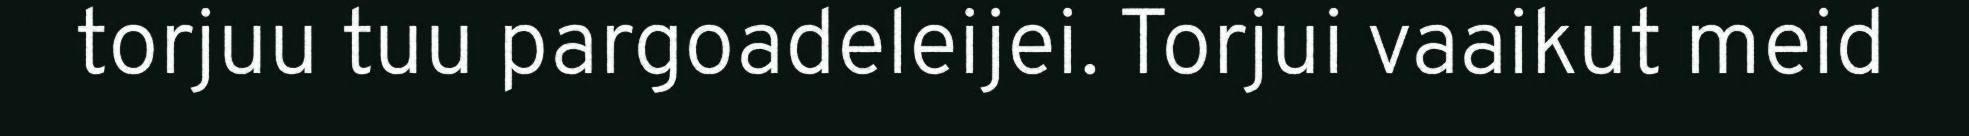
torjuu tuu pargoadeleijei. Torjui vaaikut meid